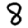
Digit: 8